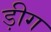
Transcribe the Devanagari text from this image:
ड़ीग